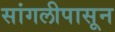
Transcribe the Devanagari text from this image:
सांगलीपासून